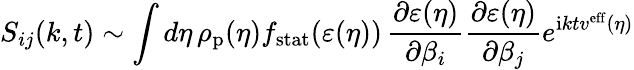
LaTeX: S_{ij}(k,t)\sim\int d\eta\, \rho_{\mathrm{p}}(\eta)f_{\mathrm{stat}}(\varepsilon(\eta))\, \frac{\partial\varepsilon(\eta)}{\partial\beta_{i}}\frac{\partial\varepsilon(\eta)}{\partial\beta_{j}}e^{\mathrm{i}ktv^{\mathrm{eff}}(\eta)}